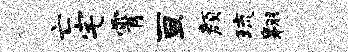
亡宅霄亘颜琉翱